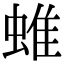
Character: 蜼